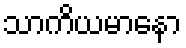
သာကိယမာနော